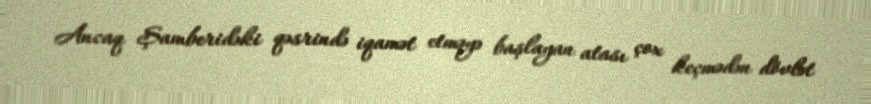
Ancaq Şamberidəki qəsrində iqamət etməyə başlayan atası çox keçmədən dövlət